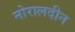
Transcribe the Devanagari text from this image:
नोरालदीन